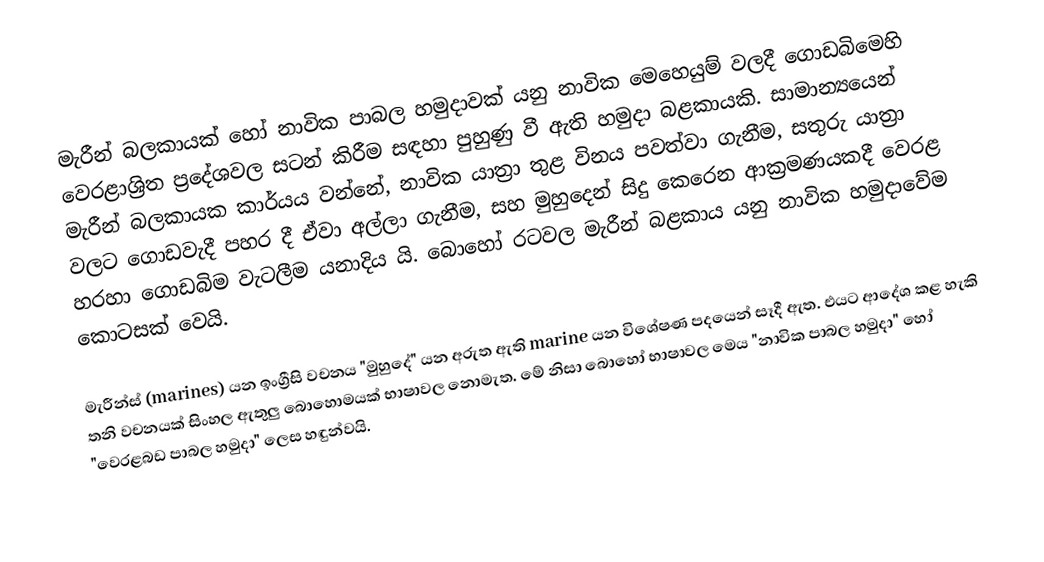
මැරීන් බලකායක් හෝ නාවික පාබල හමුදාවක් යනු නාවික මෙහෙයුම් වලදී ගොඩබිමෙහි වෙරළාශ්‍රිත ප්‍රදේශවල සටන් කිරීම සඳහා පුහුණු වී ඇති හමුදා බළකායකි. සාමාන්‍යයෙන් මැරීන් බලකායක කාර්යය වන්නේ, නාවික යාත්‍රා තුළ විනය පවත්වා ගැනීම, සතුරු යාත්‍රා වලට ගොඩවැදී පහර දී ඒවා අල්ලා ගැනීම, සහ මුහුදෙන් සිදු කෙරෙන ආක්‍රමණයකදී වෙරළ හරහා ගොඩබිම වැටලීම යනාදිය යි. බොහෝ රටවල මැරීන් බළකාය යනු නාවික හමුදාවේම කොටසක් වෙයි.

මැරීන්ස් (marines) යන ඉංග්‍රීසි වචනය "මුහුදේ" යන අරුත ඇති marine යන විශේෂණ පදයෙන් සෑදී ඇත. එයට ආදේශ කළ හැකි තනි වචනයක් සිංහල ඇතුලු බොහොමයක් භාෂාවල නොමැත. මේ නිසා බොහෝ භාෂාවල මෙය "නාවික පාබල හමුදා" හෝ "වෙරළබඩ පාබල හමුදා" ලෙස හඳුන්වයි.